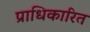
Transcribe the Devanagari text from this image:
प्राधिकारित